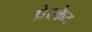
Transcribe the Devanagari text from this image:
प्रेस्केट